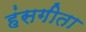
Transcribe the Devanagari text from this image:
हंसगीता